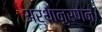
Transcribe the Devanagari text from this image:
अर्थानुरणन